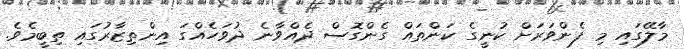
މާލޭގައި މި ފެންވަރަށް ކުނީގެ ކަންތައް ގެންގޮސް ދެއްވާނެ ދުވަހެއްގަ އިންތިޒާރުގައި ތިބީމެވެ.